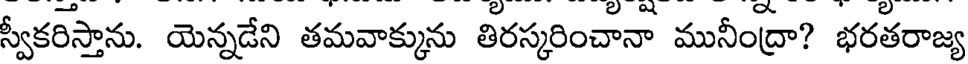
స్వీకరిస్తాను. యెన్నడేని తమవాక్కును తిరస్కరించానా మునీంద్రా? భరతరాజ్య